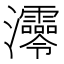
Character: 𤅫